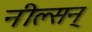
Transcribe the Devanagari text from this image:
नील्सन्